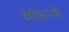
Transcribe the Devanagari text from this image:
मेकिन्ज़ी